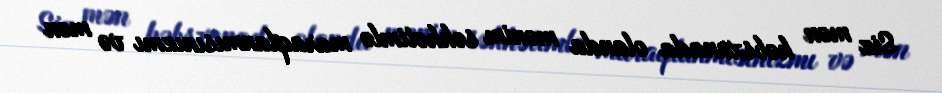
Siz mən həbsxanada olanda mənim səhhətimlə maraqlanmısınızmı və mən